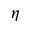
\eta